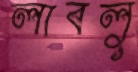
লাবলু